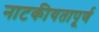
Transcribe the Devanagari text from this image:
नाटकीयतापूर्ण